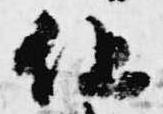
但